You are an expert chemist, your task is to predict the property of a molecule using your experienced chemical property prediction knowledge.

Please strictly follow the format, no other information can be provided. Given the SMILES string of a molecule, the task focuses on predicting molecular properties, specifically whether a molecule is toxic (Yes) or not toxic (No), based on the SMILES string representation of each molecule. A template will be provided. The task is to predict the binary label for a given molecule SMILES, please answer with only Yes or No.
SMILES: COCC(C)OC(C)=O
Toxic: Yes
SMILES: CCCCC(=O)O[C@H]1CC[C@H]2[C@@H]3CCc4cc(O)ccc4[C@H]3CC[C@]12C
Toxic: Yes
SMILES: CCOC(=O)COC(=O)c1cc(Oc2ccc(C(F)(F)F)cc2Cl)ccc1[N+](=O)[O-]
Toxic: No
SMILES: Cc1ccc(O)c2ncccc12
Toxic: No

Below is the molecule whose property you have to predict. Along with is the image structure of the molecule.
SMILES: CCCN1C=CN(C)C1
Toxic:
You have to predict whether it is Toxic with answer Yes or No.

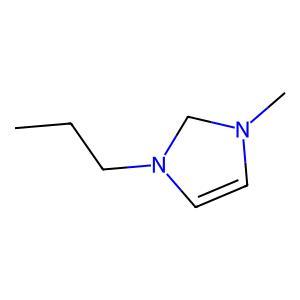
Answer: No